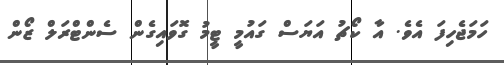
ހަމަޖެހިފަ އެވެ. އާ ކޯޗު އަޔަސް ގައުމީ ޓީމު ގޮވައިގެން ސެންޓްރަލް ޒޯން